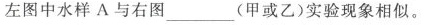
左图中水样A与右图\underline(甲或乙)实验现象相似。